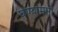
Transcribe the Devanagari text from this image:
घेण्यामागे